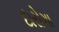
દારોગા